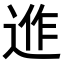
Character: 𨓕